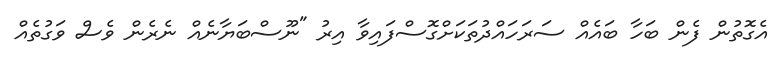
އެގޮތުން ފެން ބަހާ ބައެއް ސަރަހައްދުތަކަށްގޮސްފައިވާ އިރު "ނޫސްބަޔާނެއް ނެރެން ވެސް ވަގުތެއް